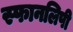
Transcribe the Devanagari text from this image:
स्फानलिपी